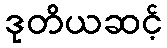
ဒုတိယဆင့်